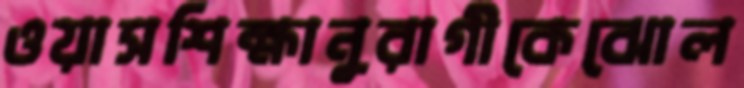
ওয়াসশিক্ষানুরাগীকেঝোল